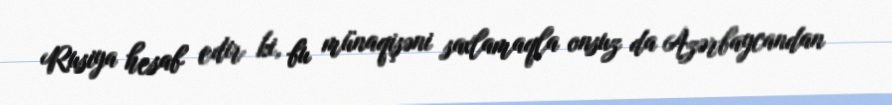
Rusiya hesab edir ki, bu münaqişəni saxlamaqla onsuz da Azərbaycandan